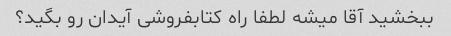
ببخشید آقا میشه لطفا راه کتابفروشی آیدان رو بگید؟